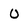
Character: 0